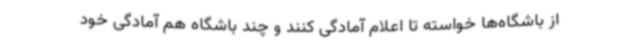
از باشگاه‌ها خواسته تا اعلام آمادگی کنند و چند باشگاه هم آمادگی خود